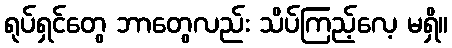
ရုပ်ရှင်တွေ ဘာတွေလည်း သိပ်ကြည့်လေ့ မရှိ။